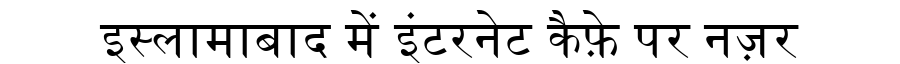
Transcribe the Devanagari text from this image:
इस्लामाबाद में इंटरनेट कैफ़े पर नज़र